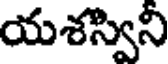
యశస్విని